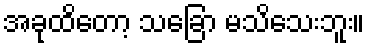
အခုထိတော့ သခြော မသိသေးဘူး။